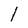
Character: l